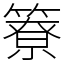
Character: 簝